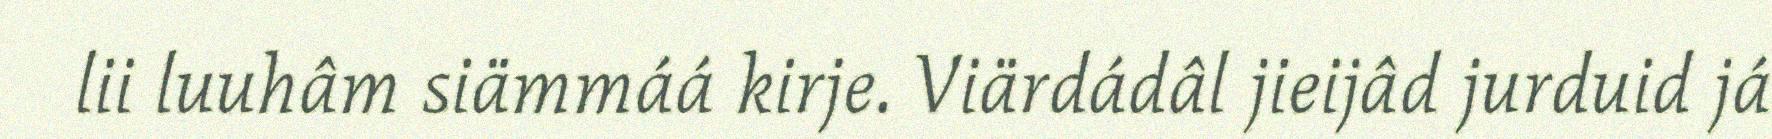
lii luuhâm siämmáá kirje. Viärdádâl jieijâd jurduid já